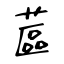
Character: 蓲